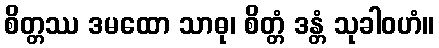
စိတ္တဿ ဒမထော သာဓု၊ စိတ္တံ ဒန္တံ သုခါဝဟံ။